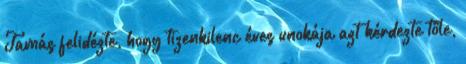
Tamás felidézte, hogy tizenkilenc éves unokája azt kérdezte tőle,